system: You are a helpful assistant.
user:
Analyze the provided spectrum to determine if it is a **M-type Giant (gM)**.

A M-type Giant spectrum is defined by its **strong molecular absorption** features, particularly from **Titanium Oxide (TiO)**. You must check for one of the following mutually exclusive signatures:

- **Key Visual Indicators (Absorption-Dominated Spectrum):**

    - **(Primary):** The spectrum is dominated by strong molecular absorption from **Titanium Oxide (TiO)**. This is the **defining feature** of its M-type temperature class.
        - **(Key Bandheads):** Look for sharp, "saw-tooth" absorption valleys. The strongest are located near **~7050 Å**, **~6160 Å**, and **~5170 Å**.
        - **(Line Profile):** The "saw-tooth" morphology is critical: a **sharp, steep drop on the BLUE (short-wavelength) side** of the bandhead, followed by a gradual recovery (rising flux) towards the RED (long-wavelength) side.

    - **(Key Confirmation - Giant vs. Dwarf):** **ABSENCE** of strong **Calcium Hydride (CaH)** molecular bands. This is the primary diagnostic for *excluding* M-dwarfs.
        - **(Key Region):** The spectrum should lack the strong, broad absorption band seen in dwarfs between **~6800 Å and ~7000 Å**.

    - **(Secondary Confirmation - Giant):** A very strong and broad **Neutral Calcium (Ca I)** atomic absorption line.
        - **(Key Line):** Located at **~4226 Å**. In a giant (gM), this line is significantly deeper and broader than the same line in an M-dwarf (dM) due to low surface gravity.

    - **(Overall Spectrum):**
        - The continuum is **extremely red-sloping** (i.e., flux is very low in the blue and rises dramatically towards the red).
        - The entire spectrum appears "chopped up" by the deep TiO bands.

Think first, call **spectral_visualization_tool** if needed to examine features in detail, then provide your final answer. Your response must adhere to the following strict rules:
1.  **Overall Structure:** Your response must follow the format `<think>...</think> <tool_call>...</tool_call> (if a tool is used) <answer>...</answer>`.
2.  **Tool Usage Constraint:** You may only make **one** tool call per turn.
3.  **Final Answer Format:** In the `<answer>` tag, your conclusion must be inside a `\boxed{}` command (e.g., `\boxed{YES}` or `\boxed{NO}`), followed by your justification.

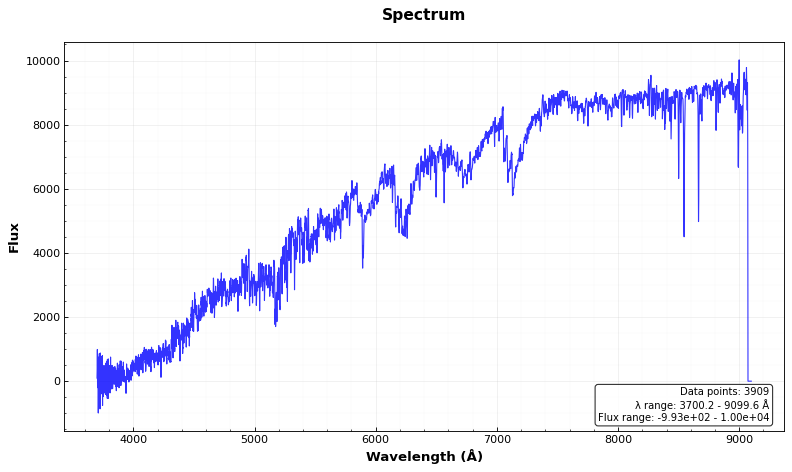
Answer: YES